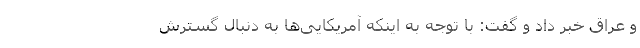
و عراق خبر داد و گفت: با توجه به اینکه آمریکایی‌ها به دنبال گسترش